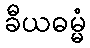
ခီယဓမ္မံ